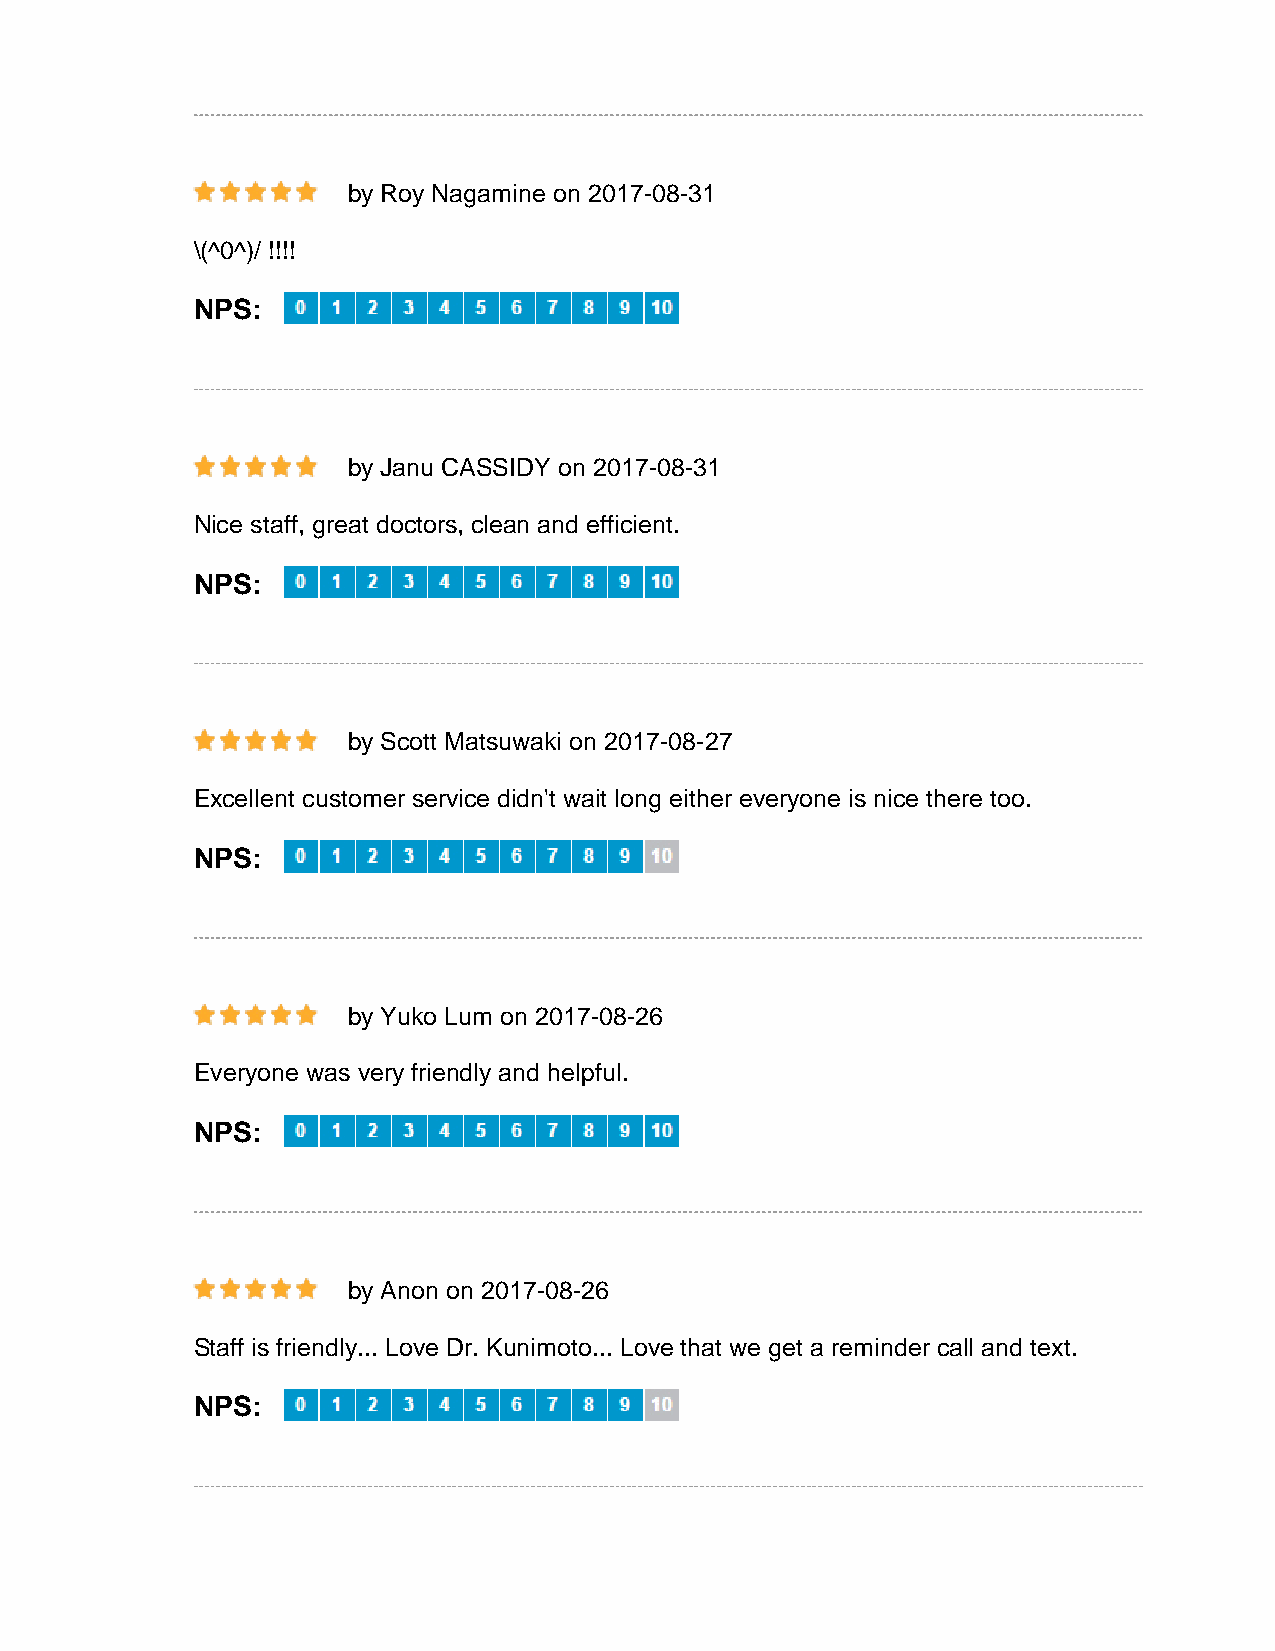
by Roy Nagamine on 2017-08-31
 \(^0^)/ !!!!
 NPS:
 by Janu CASSIDY on 2017-08-31
 Nice staff, great doctors, clean and efficient.
 NPS:
 by Scott Matsuwaki on 2017-08-27
 Excellent customer service didn't wait long either everyone is nice there too.
 NPS:
 by Yuko Lum on 2017-08-26
 Everyone was very friendly and helpful.
 NPS:
 by Anon on 2017-08-26
 Staff is friendly... Love Dr. Kunimoto... Love that we get a reminder call and text.
 NPS: